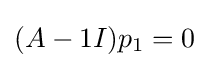
(A-1I)p_{1}=0